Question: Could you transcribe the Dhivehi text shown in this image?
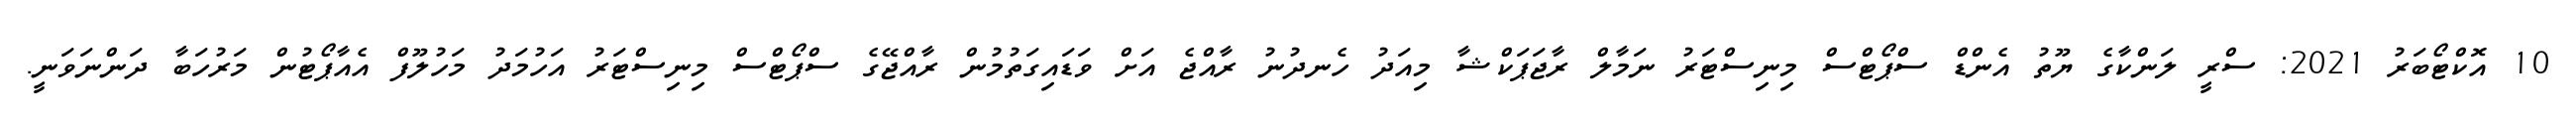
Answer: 10 އޮކްޓޯބަރު 2021: ސްރީ ލަންކާގެ ޔޫތު އެންޑް ސްޕޯޓްސް މިނިސްޓަރު ނަމާލް ރާޖަޕަކްޝާ މިއަދު ހެނދުނު ރާއްޖެ އަށް ވަޑައިގަތުމުން ރާއްޖޭގެ ސްޕޯޓްސް މިނިސްޓަރު އަހުމަދު މަހުލޫފް އެއާޕޯޓުން މަރުހަބާ ދަންނަވަނީ.